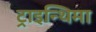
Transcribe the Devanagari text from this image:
ट्राइन्थिमा